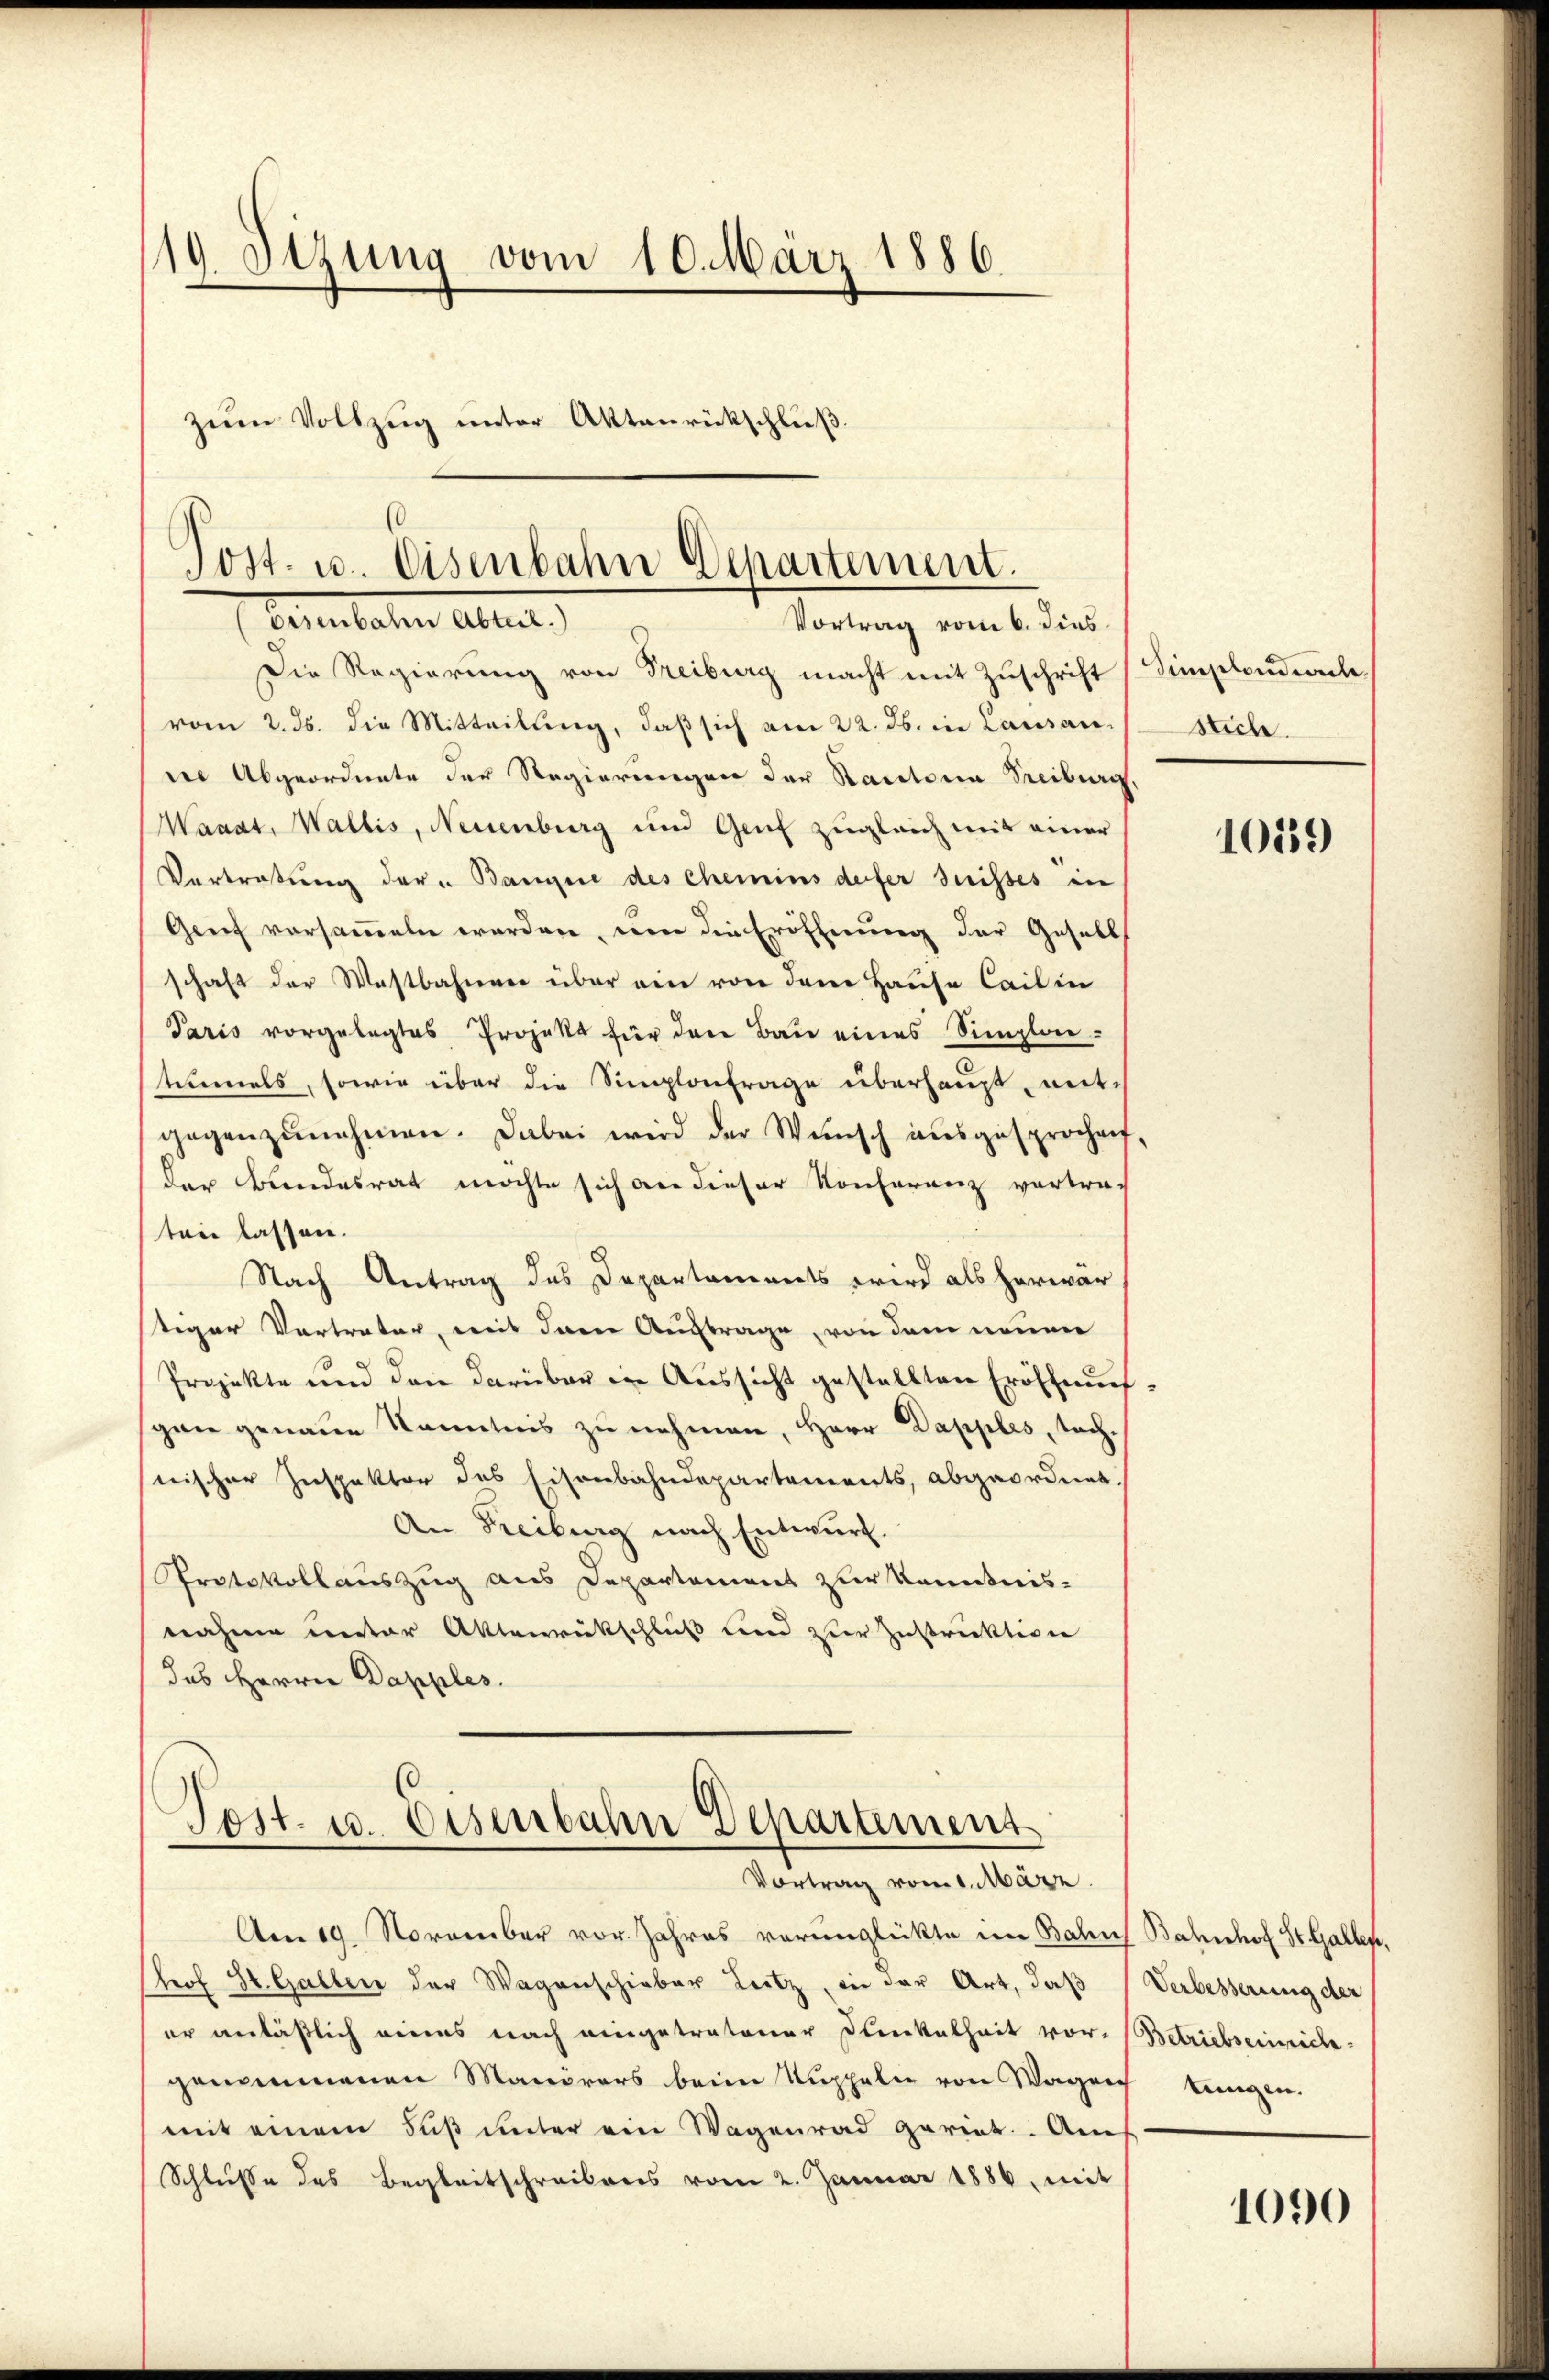
19. Sitzung vom 10. März 1886.
zum Vollzug unter Aktenrückschluß.

Die Regierung von Freiburg macht mit Zuschrift Simplondol
vom 2. ds. die Mitteilung, daß sich am 22. ds. in Lausan
ir Abgeordnete der Regierungen der Stantona Treiburg,
Manat, Wallis, Neuenburg und Genf zugleich mit einer
Vertretung der " Bangere des chemins defer Suisses in
Genf versammeln worden, um die Eröffnung der Gesells
schaft der Westbahnen über ein von dem Hause Cail in
Paris vorgelegtes Projekt für den Bau eines Simploitumels, sowie über die Simplonfrage überhaupt, mit
gegenzŭnehmen. Dabei wird der Wünsch ausgesprochen,
der Bundesrat möchte sich an dieser Konferenz vertrach
ten lassen.
Nach Antrag des Departements wird als herwär
tiger Vertrater, weil danne Auftrage, von dem neuen
Projekte und den darüber in Aussicht gestellten Eröffnungen genaue Kenntnis zu nehmen, Herr Dapples, tachnischer Inspektor des Eisenbahndepartements, abgeordnet.
An Freiburg nach Entwurf.
Protokollauszug aus Departement zur Kenntnis-
nahme unter Aktenrückschluß und zur Instruktion
das Herrn Dapples.

(
Tost. u. Eisenbahn Departement.
oisenbahn Abteil)
Vortrag vom 6. dies

Tost- u. Disenbahn Departement
Vortrag vom 1. März.

Am 19. November vor Jahres verunglückte im Bahns Bahnhof St. Gallen,
Prof St. Gallen der Wagenschieber Leitz, in der Art, daß Verbesserung der
er anläßlich eines nach eingetratener Dunkelheit vor-Betriebseinrich-
genommenen Manörers beim Kuppeln von Wagen Lungen.
mit einem Fuß unter ein Wagenrad geriet. Am
Schluße des Begleitschreibens vom 2. Januar 1886, mit

stiche

10159

1090